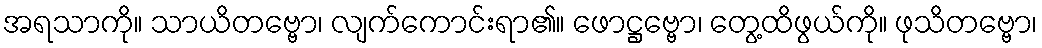
အရသာကို။ သာယိတဗ္ဗော၊ လျက်ကောင်းရာ၏။ ဖောဋ္ဌဗ္ဗော၊ တွေ့ထိဖွယ်ကို။ ဖုသိတဗ္ဗော၊